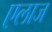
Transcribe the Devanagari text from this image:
एलाज